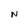
Character: N